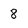
Character: 8